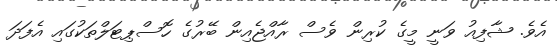
އެވެ. ޝާފިއު ވަނީ މީގެ ކުރިން ވެސް ރާއްޖެއިން ބޭރުގެ ހޮސްޕިޓަލްތަކުގައި އެފަދަ